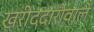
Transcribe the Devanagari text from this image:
खरीददारीवाले